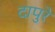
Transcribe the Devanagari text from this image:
दापुरे